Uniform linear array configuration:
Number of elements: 48
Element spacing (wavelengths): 0.75
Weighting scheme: hann
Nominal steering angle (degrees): -30
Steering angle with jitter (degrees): -31.439
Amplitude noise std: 0.05
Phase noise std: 0.05

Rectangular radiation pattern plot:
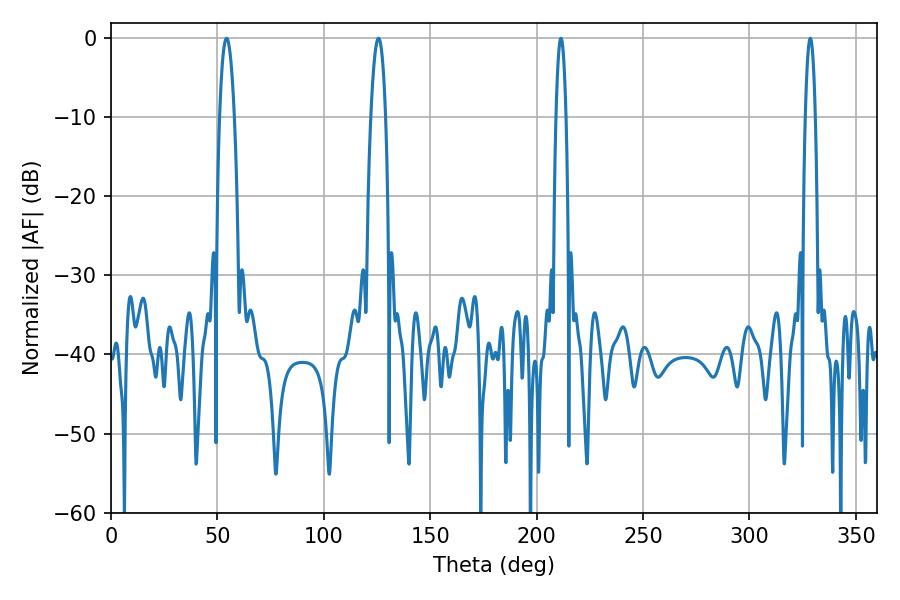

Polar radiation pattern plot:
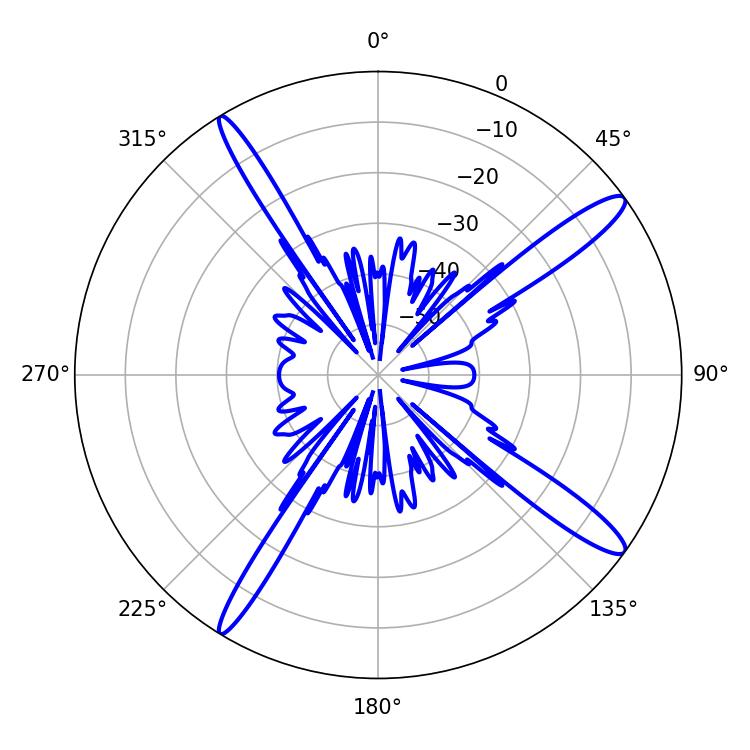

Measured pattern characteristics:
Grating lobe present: TRUE
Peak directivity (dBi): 14.785
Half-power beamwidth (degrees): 3.96
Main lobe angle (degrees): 54.36